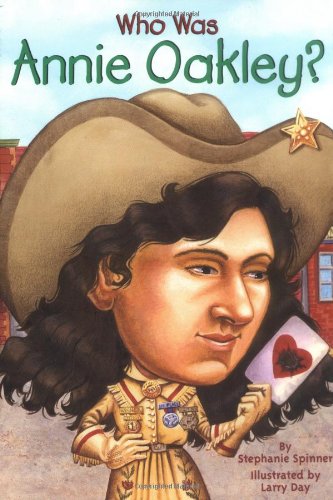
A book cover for Who Was Annie Oakley?; Stephanie Spinner; Children's Books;